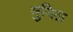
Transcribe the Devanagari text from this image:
मुयिल